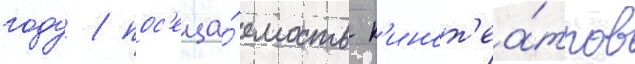
году / пос'еща́емость к'инот'еа́тров